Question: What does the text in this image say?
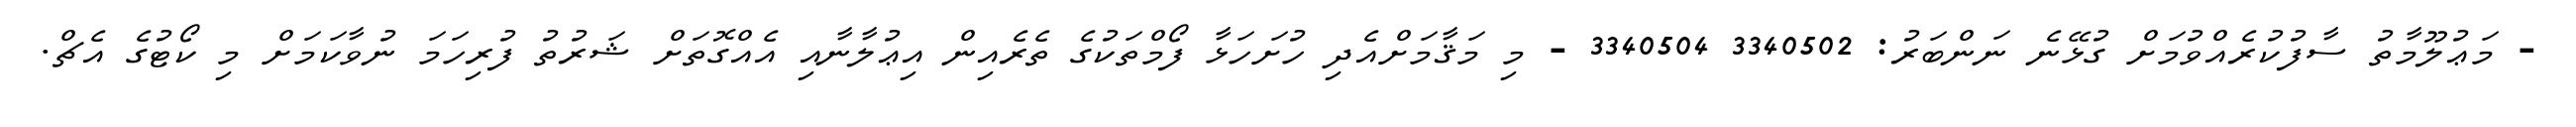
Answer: - މަޢުލޫމާތު ސާފުކުރެއްވުމަށް ގުޅޭނެ ނަންބަރު: 3340502 3340504 - މި މަޤާމަށްއެދި ހުށަހަޅާ ފޯމްތަކުގެ ތެރެއިން އިޢުލާނާއި އެއްގޮތަށް ޝަރުތު ފުރިހަމަ ނުވާކަމަށް މި ކޯޓުގެ އެޗް.